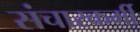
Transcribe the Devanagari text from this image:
संचारकर्मी